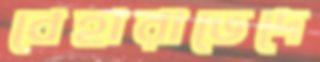
বেহারাভেদে